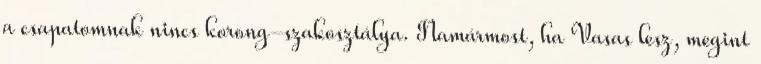
a csapatomnak nincs korong-szakosztálya. Namármost, ha Vasas lesz, megint